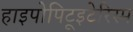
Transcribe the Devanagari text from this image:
हाइपोपिटूइटेरिस्म